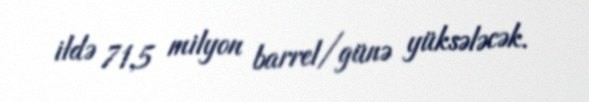
ildə 71,5 milyon barrel/günə yüksələcək.